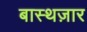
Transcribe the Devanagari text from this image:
बास्थज़ार